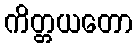
ကိတ္တယတော